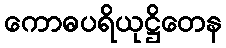
ကောဓပရိယုဋ္ဌိတေန